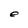
Character: e